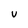
Character: v